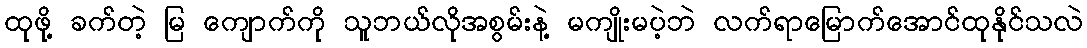
ထုဖို့ ခက်တဲ့ မြ ကျောက်ကို သူဘယ်လိုအစွမ်းနဲ့ မကျိုးမပဲ့ဘဲ လက်ရာမြောက်အောင်ထုနိုင်သလဲ